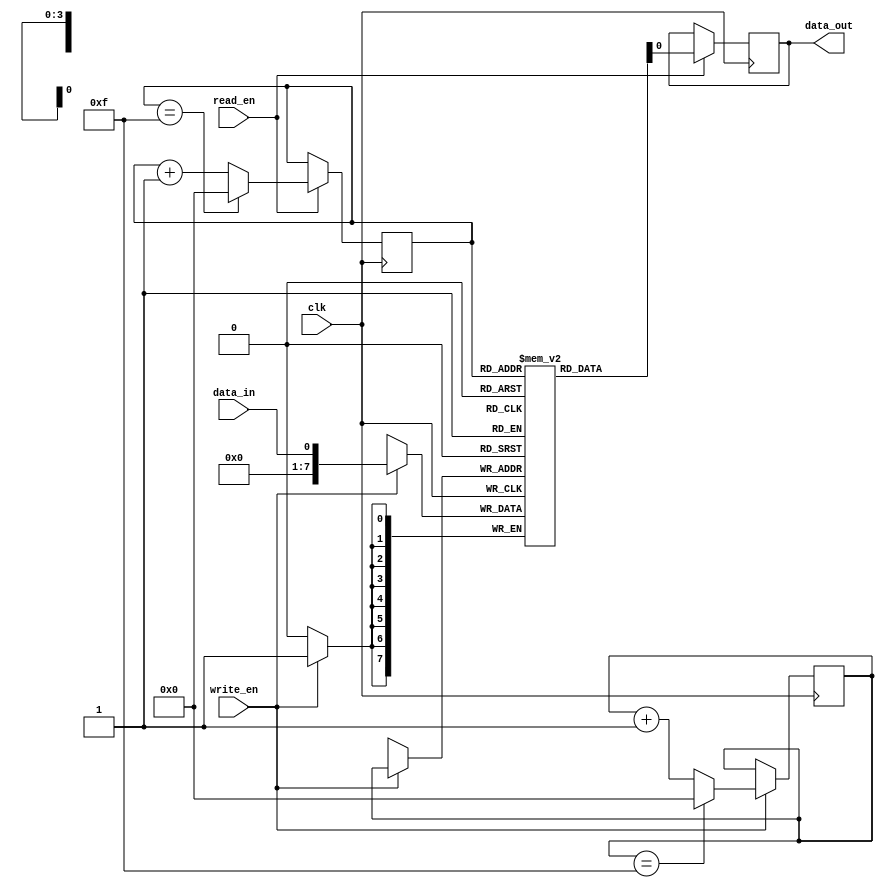
module FIFO_Buffer(
    input wire clk,       // Clock input for timing control
    input wire data_in,   // Data input port
    input wire write_en,  // Write enable signal
    input wire read_en,   // Read enable signal
    output reg data_out,  // Data output port
);

parameter DEPTH = 16;    // Depth of the FIFO buffer
reg [7:0] mem [0:DEPTH-1]; // Internal memory array to store data
reg [3:0] read_ptr;       // Read pointer to keep track of read position
reg [3:0] write_ptr;      // Write pointer to keep track of write position

always @(posedge clk) begin
    if (write_en) begin
        mem[write_ptr] <= data_in;
        if(write_ptr == DEPTH-1)
            write_ptr <= 0;
        else
            write_ptr <= write_ptr + 1;
    end

    if (read_en) begin
        if(read_ptr == DEPTH-1)
            read_ptr <= 0;
        else
            read_ptr <= read_ptr + 1;
        data_out <= mem[read_ptr];
    end
end

endmodule